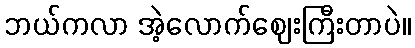
ဘယ်ကလာ အဲ့လောက်ဈေးကြီးတာပဲ။